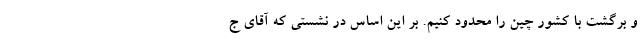
و برگشت با کشور چین را محدود کنیم. بر این اساس در نشستی که آقای ج